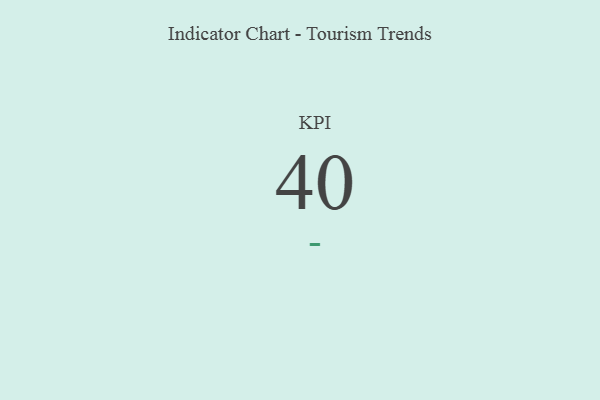
{"axis": {"x": "KPI", "y": "Value"}, "legend": [""], "data": [{"x": "KPI", "y": 40, "type": ""}]}